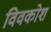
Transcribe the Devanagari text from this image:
विवकोश